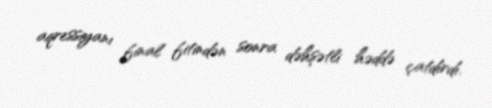
aqressiyanı final fitindən sonra dəhşətli həddə çatdırdı.